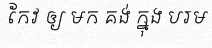
កែវ ឲ្យ មក គង់ ក្នុង បរម